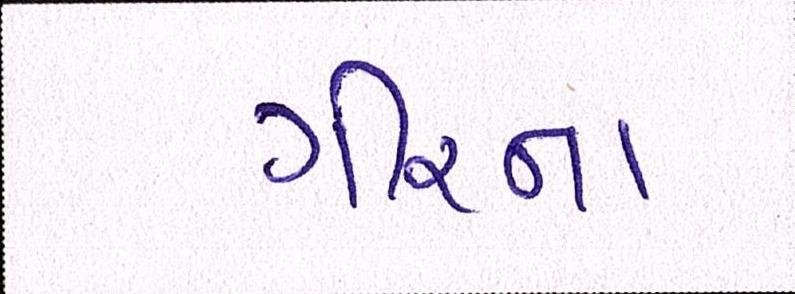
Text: ગીરના